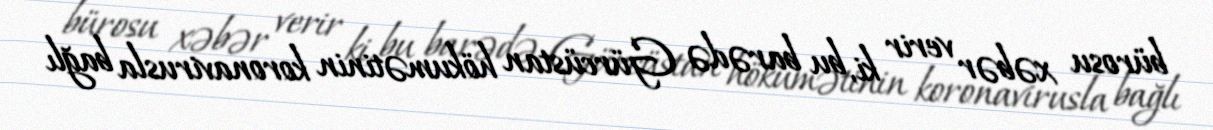
bürosu xəbər verir ki, bu barədə Gürcüstan hökumətinin koronavirusla bağlı